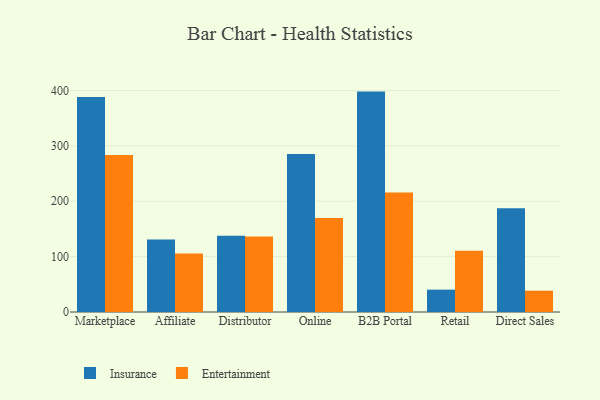
{"axis": {"x": "Channel", "y": "Revenue (USD Million)"}, "legend": ["Entertainment", "Insurance"], "data": [{"x": "Marketplace", "y": 388.4, "type": "Insurance"}, {"x": "Marketplace", "y": 283.8, "type": "Entertainment"}, {"x": "Affiliate", "y": 131.0, "type": "Insurance"}, {"x": "Affiliate", "y": 105.6, "type": "Entertainment"}, {"x": "Distributor", "y": 137.8, "type": "Insurance"}, {"x": "Distributor", "y": 136.3, "type": "Entertainment"}, {"x": "Online", "y": 285.5, "type": "Insurance"}, {"x": "Online", "y": 169.9, "type": "Entertainment"}, {"x": "B2B Portal", "y": 398.1, "type": "Insurance"}, {"x": "B2B Portal", "y": 215.9, "type": "Entertainment"}, {"x": "Retail", "y": 40.4, "type": "Insurance"}, {"x": "Retail", "y": 110.6, "type": "Entertainment"}, {"x": "Direct Sales", "y": 187.6, "type": "Insurance"}, {"x": "Direct Sales", "y": 38.5, "type": "Entertainment"}]}